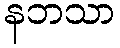
နဘသာ